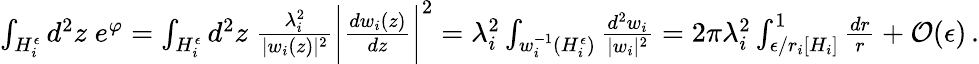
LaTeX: \begin{array}{r}{\int_{H_{i}^{\epsilon}}d^{2}z\; e^{\varphi}=\int_{H_{i}^{\epsilon}}d^{2}z\; {\frac{\lambda_{i}^{2}}{|w_{i}(z)|^{2}}}\bigg|{\frac{dw_{i}(z)}{dz}}\bigg|^{2}=\lambda_{i}^{2}\int_{w_{i}^{-1}(H_{i}^{\epsilon})}{\frac{d^{2}w_{i}}{|w_{i}|^{2}}}=2\pi\lambda_{i}^{2}\int_{\epsilon/r_{i}[H_{i}]}^{1}{\frac{dr}{r}}+\mathcal{O}(\epsilon)\, .}\end{array}